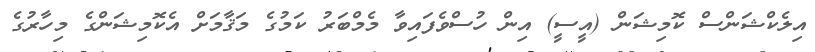
އިލެކްޝަންސް ކޮމިޝަން (އީސީ) އިން ހުސްވެފައިވާ މެމްބަރު ކަމުގެ މަޤާމަށް އެކޮމިޝަންގެ މިހާރުގެ